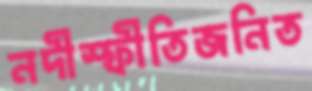
নদীস্ফীতিজনিত